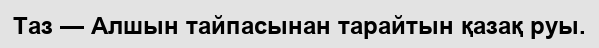
Таз — Алшын тайпасынан тарайтын қазақ руы.